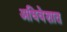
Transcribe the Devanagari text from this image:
अधिवेशात